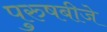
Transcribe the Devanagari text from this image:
पुरुषबीजे